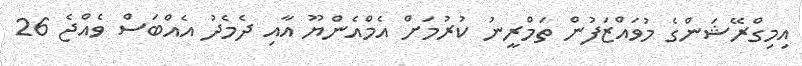
އިމިގްރޭޝަންގެ މުވައްޒަފުން ތަމްރީނު ކުރުމަށް އެމްއެންޔޫ އާއި ދެމެދު އެއްބަސް ވެއްޖެ 26